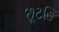
છૂટહિ